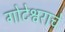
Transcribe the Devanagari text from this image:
गोटेश्वराचे